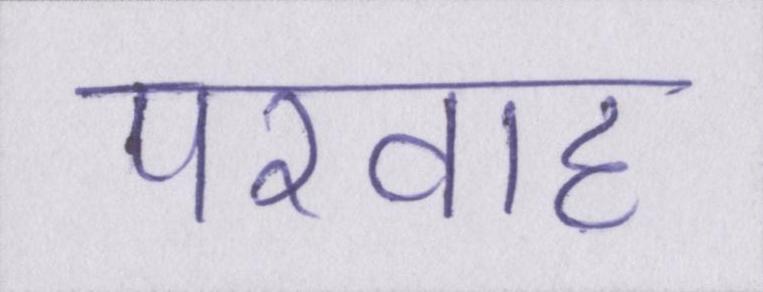
परवाह